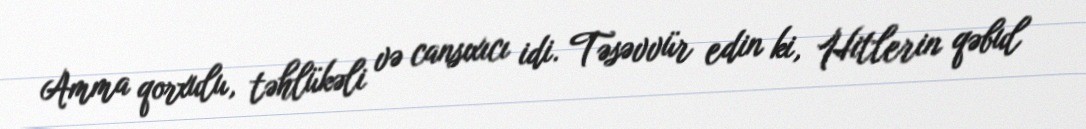
Amma qorxulu, təhlükəli və cansıxıcı idi. Təsəvvür edin ki, Hitlerin qəbul